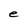
Character: e